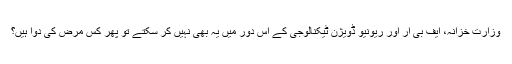
وزارت خزانہ، ایف بی آر اور ریونیو ڈویژن ٹیکنالوجی کے اس دور میں یہ بھی نہیں کر سکتے تو پھر کس مرض کی دوا ہیں؟